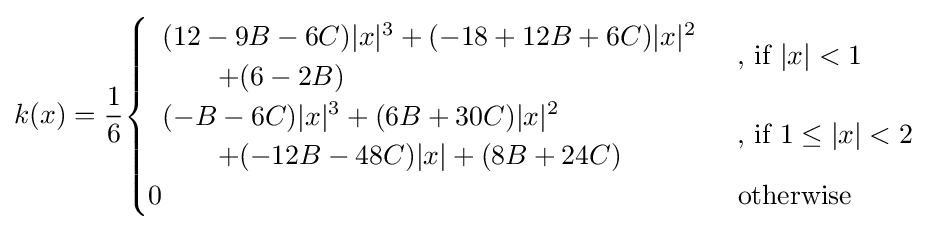
k(x)={\frac {1}{6}}{\begin{cases}{\begin{array}{l}(12-9B-6C)|x|^{3}+(-18+12B+6C)|x|^{2}\\\qquad +(6-2B)\end{array}}&{\text{, if }}|x|<1\\{\begin{array}{l}(-B-6C)|x|^{3}+(6B+30C)|x|^{2}\\\qquad +(-12B-48C)|x|+(8B+24C)\end{array}}&{\text{, if }}1\leq |x|<2\\0&{\text{otherwise}}\end{cases}}